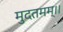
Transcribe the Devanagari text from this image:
मुदतमम्।।